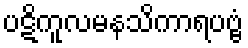
ပဋိကူလမနသိကာရပဗ္ဗံ